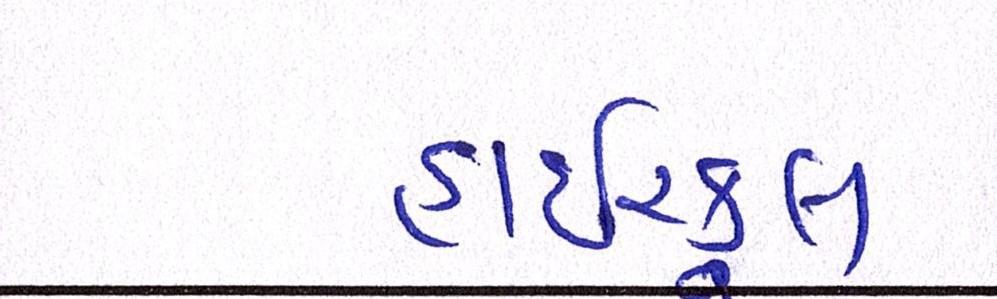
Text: હાઇસ્કૂલ